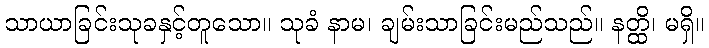
သာယာခြင်းသုခနှင့်တူသော။ သုခံ နာမ၊ ချမ်းသာခြင်းမည်သည်။ နတ္ထိ၊ မရှိ။